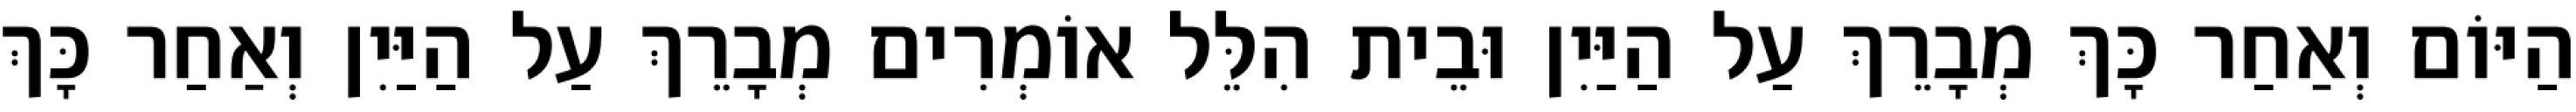
הַיּוֹם וְאַחַר כָּךְ מְבָרֵךְ עַל הַיַּיִן וּבֵית הִלֵּל אוֹמְרִים מְבָרֵךְ עַל הַיַּיִן וְאַחַר כָּךְ